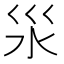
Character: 𣲂